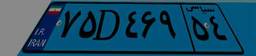
۷۵D۴۶۹۵۴